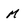
Character: M